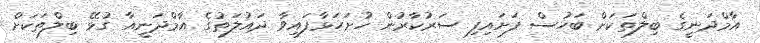
އާމްދަނީގެ ބިލްތަކަށް ބަހުސް ފަށައިފި ސަރުކާރުން ހުށަހަޅާފައިވާ ދައުލަތުގެ އާމްދަނީއާ ގުޅޭ ބިލްތަކަށް